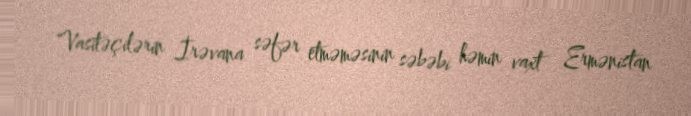
Vasitəçilərin İrəvana səfər etməməsinin səbəbi həmin vaxt Ermənistan